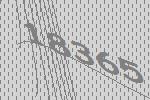
18365